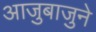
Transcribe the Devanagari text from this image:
आजुबाजुने